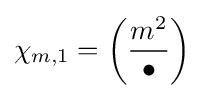
\chi _{m,1}=\left({\frac {m^{2}}{\bullet }}\right)